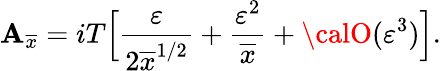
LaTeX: \mathbf{A}_{\overline{{{{x}}}}}=iT\Big[{\frac{{\varepsilon}}{{2\overline{{{{x}}}}^{1/2}}}}+{\frac{{\varepsilon^{2}}}{{\overline{{{{x}}}}}}}+{\calO}(\varepsilon^{3})\Big].